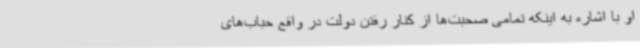
او با اشاره به اینکه تمامی صحبت‌ها از کنار رفتن دولت در واقع حباب‌های